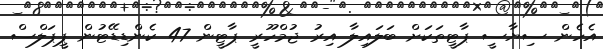
އެހެން ސިޔާސީ ޕާޓީތަކަށް ބަލައިލާ އިރު ޖުމްހޫރީ ޕާޓީން 47 ކެންޑިޑޭޓުން ޕީޕަލްސް